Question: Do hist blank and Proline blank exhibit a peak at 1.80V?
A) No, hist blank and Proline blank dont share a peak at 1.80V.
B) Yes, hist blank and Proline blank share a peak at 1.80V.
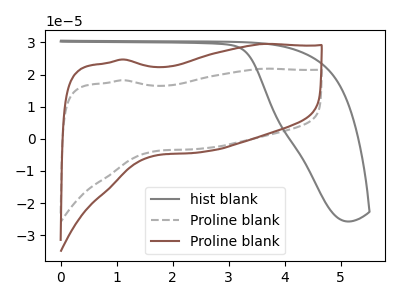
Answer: <think>The gray curve "hist blank" has no peaks. The gray dashed curve "Proline blank" has no peaks. The brown curve "Proline blank" has no peaks.</think>
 <answer>A) No, "hist blank" and "Proline blank" dont share a peak at 1.80V.</answer>
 <eval>A</eval>